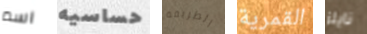
اسم حساسيه الطريقة القمرية نايلز